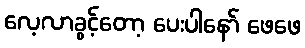
လေ့လာခွင့်တော့ ပေးပါနော် ဖေဖေ